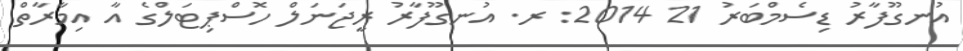
އުނގޫފާރު ޑިސެމްބަރު 21 2014: ރ. އުނގޫފާރު ރީޖަނަލް ހޮސްޕިޓަލްގެ އާ އިމާރާތް